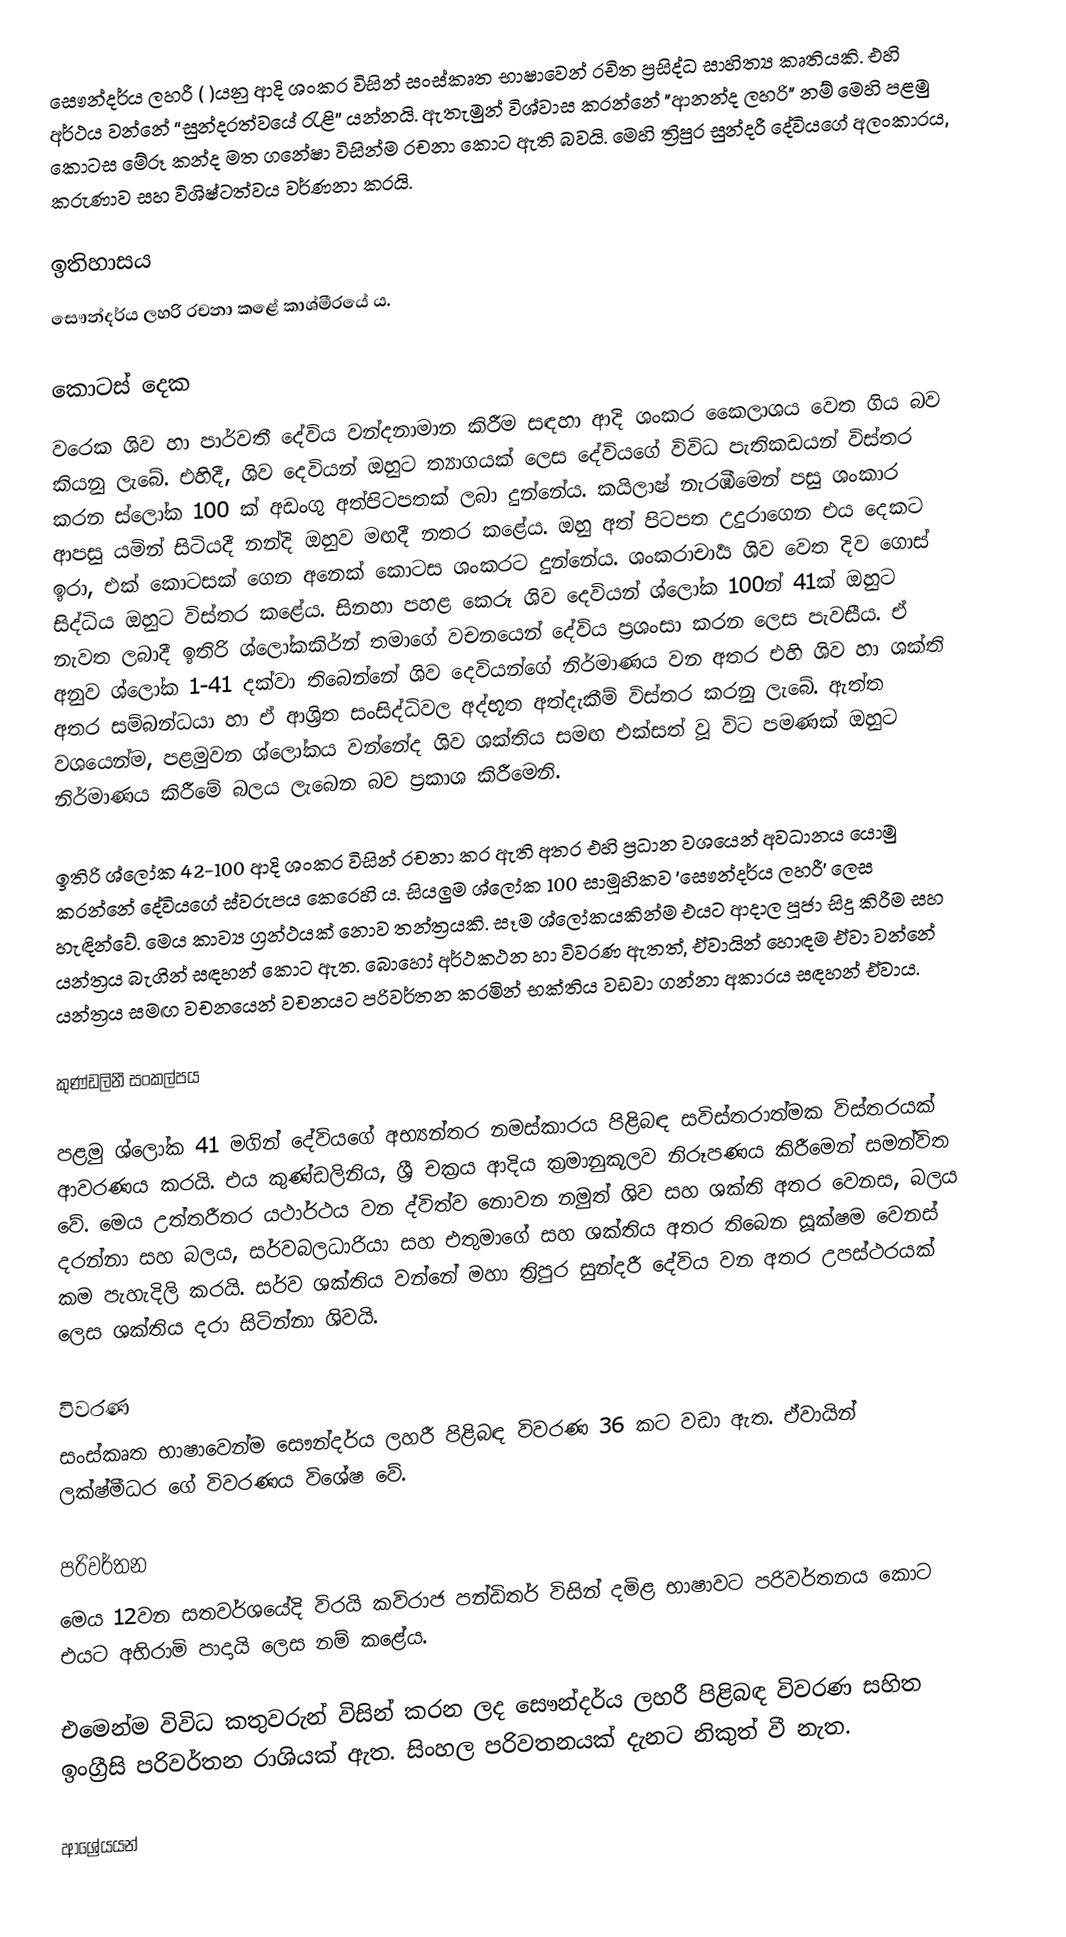
සෞන්දර්ය ලහරී (    )යනු ආදි ශංකර විසින්  සංස්කෘත භාෂාවෙන් රචිත ප්‍රසිද්ධ සාහිත්‍ය කෘතියකි.  එහි අර්ථය වන්නේ “සුන්දරත්වයේ රැළි” යන්නයි.  ඇතැමුන් විශ්වාස කරන්නේ "ආනන්ද ලහරි" නම් මෙහි පළමු කොටස මේරූ කන්ද මත ගනේෂා විසින්ම රචනා කොට ඇති බවයි. මෙහි ත්‍රිපුර සුන්දරී දේවියගේ අලංකාරය, කරුණාව සහ විශිෂ්ටත්වය වර්ණනා කරයි.

ඉතිහාසය
සෞන්දර්ය ලහරි රචනා කළේ කාශ්මීරයේ ය.

කොටස් දෙක
වරෙක ශිව හා පාර්වතී දේවිය වන්දනාමාන කිරීම සඳහා ආදි ශංකර කෛලාශය වෙත ගිය බව කියනු ලැබේ. එහිදී, ශිව දෙවියන් ඔහුට ත්‍යාගයක් ලෙස දේවියගේ විවිධ පැතිකඩයන් විස්තර කරන ස්ලෝක 100 ක් අඩංගු අත්පිටපතක් ලබා දුන්නේය. කයිලාෂ් නැරඹීමෙන් පසු ශංකාර ආපසු යමින් සිටියදී නන්දි ඔහුව මඟදී නතර කළේය. ඔහු අත් පිටපත උදුරාගෙන එය දෙකට ඉරා, එක් කොටසක් ගෙන අනෙක් කොටස ශංකරට දුන්නේය. ශංකරාචාර්‍ය ශිව වෙත දිව ගොස් සිද්ධිය ඔහුට විස්තර කළේය.  සිනහා පහළ කෙරූ ශිව දෙවියන් ශ්ලෝක 100න්  41ක් ඔහුට නැවත ලබාදී ඉතිරි ශ්ලෝකකිර්න් තමාගේ වචනයෙන් දේවිය ප්‍රශංසා කරන ලෙස පැවසීය. ඒ අනුව ශ්ලෝක 1-41 දක්වා තිබෙන්නේ ශිව දෙවියන්ගේ නිර්මාණය වන අතර එහි ශිව හා ශක්ති අතර සම්බන්ධයා හා ඒ ආශ්‍රිත සංසිද්ධිවල අද්භූත අත්දැකීම් විස්තර කරනු ලැබේ. ඇත්ත වශයෙන්ම, පළමුවන ශ්ලෝකය වන්නේද ශිව ශක්තිය සමඟ එක්සත් වූ විට පමණක් ඔහුට නිර්මාණය කිරීමේ බලය ලැබෙන බව ප්‍රකාශ කිරීමෙනි.

ඉතිරි ශ්ලෝක 42-100 ආදි ශංකර විසින් රචනා කර ඇති අතර එහි ප්‍රධාන වශයෙන් අවධානය යොමු කරන්නේ දේවියගේ ස්වරුපය කෙරෙහි ය. සියලුම ශ්ලෝක 100 සාමූහිකව 'සෞන්දර්ය ලහරී' ලෙස හැඳින්වේ. මෙය කාව්‍ය ග්‍රන්ථයක් නොව තන්ත්‍රයකි. සෑම ශ්ලෝකයකින්ම එයට ආදාල පූජා සිදු කිරීම සහ යන්ත්‍රය බැගින් සඳහන් කොට ඇත. බොහෝ අර්ථකථන හා විවරණ ඇතත්, ඒවායින් හොඳම ඒවා වන්නේ යන්ත්‍රය සමඟ වචනයෙන් වචනයට පරිවර්තන කරමින් භක්තිය වඩවා ගන්නා අකාරය සඳහන් ඒවාය.

කුණ්ඩලිනී සංකල්පය

පළමු ශ්ලෝක 41 මගින් දේවියගේ අභ්‍යන්තර නමස්කාරය පිළිබඳ සවිස්තරාත්මක විස්තරයක් ආවරණය කරයි. එය කුණ්ඩලිනිය, ශ්‍රී චක්‍රය ආදිය ක්‍රමානුකූලව නිරූපණය කිරීමෙන් සමන්විත වේ.  මෙය උත්තරීතර යථාර්ථය වන ද්විත්ව නොවන නමුත් ශිව සහ ශක්ති අතර වෙනස, බලය දරන්නා සහ බලය, සර්වබලධාරියා සහ එතුමාගේ සහ ශක්තිය අතර තිබෙන සූක්ෂම වෙනස් කම පැහැදිලි කරයි. සර්ව ශක්තිය වන්නේ මහා ත්‍රිපුර සුන්දරී දේවිය වන අතර උපස්ථරයක් ලෙස ශක්තිය දරා සිටින්නා ශිවයි.

විවරණ
සංස්කෘත භාෂාවෙන්ම සෞන්දර්ය ලහරී පිළිබඳ විවරණ 36 කට වඩා ඇත. ඒවායින් ලක්ෂ්මීධර ගේ විවරණය විශේෂ වේ.

පරිවර්තන
මෙය 12වන සතවර්ශයේදි විරයි කවිරාජ පන්ඩිතර් විසින් දමිළ භාෂාවට පරිවර්තනය කොට එයට අභිරාමි පාදායි ලෙස නම් කළේය.

එමෙන්ම විවිධ කතුවරුන් විසින් කරන ලද සෞන්දර්ය ලහරී පිළිබඳ විවරණ සහිත ඉංග්‍රීසි පරිවර්තන රාශියක් ඇත. සිංහල පරිවතනයක් දැනට නිකුත් වී නැත.

ආශ්‍රේයයන්